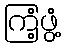
ကြံ့ဖွံ့